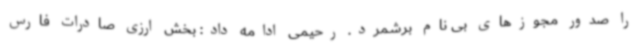
را صدور مجوزهای بی نام برشمرد. رحیمی ادامه داد: بخش ارزی صادرات فارس